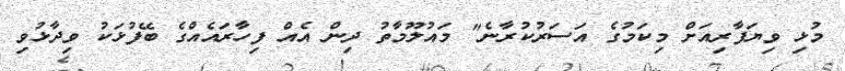
މުޅި ވިޔަފާރިއަށް މިކަމުގެ އަސަރުކުރާނެ" މައުލޫމާތު ދިން އެއް ފިހާރައެއްގެ ބޭފުޅަކު ވިދާޅުވި